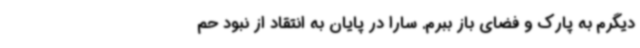
دیگرم به پارک و فضای باز ببرم. سارا در پایان به انتقاد از نبود حم